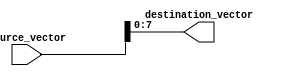
module part_select_example (
    input wire [15:0] source_vector,  // 16-bit source vector
    output wire [7:0] destination_vector // 8-bit destination vector
);

// Continuous assignment using part-select
assign destination_vector = source_vector[7:0]; // Select lower 8 bits of source_vector

endmodule